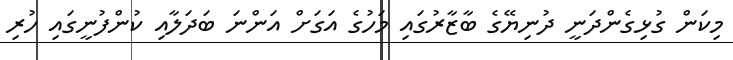
މިކަން ގުޅިގެންދަނީ ދުނިޔޭގެ ބާޒާރުގައި މަހުގެ އަގަށް އަންނަ ބަދަލާއި ކުންފުނީގައި ހުރި